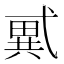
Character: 𢎑